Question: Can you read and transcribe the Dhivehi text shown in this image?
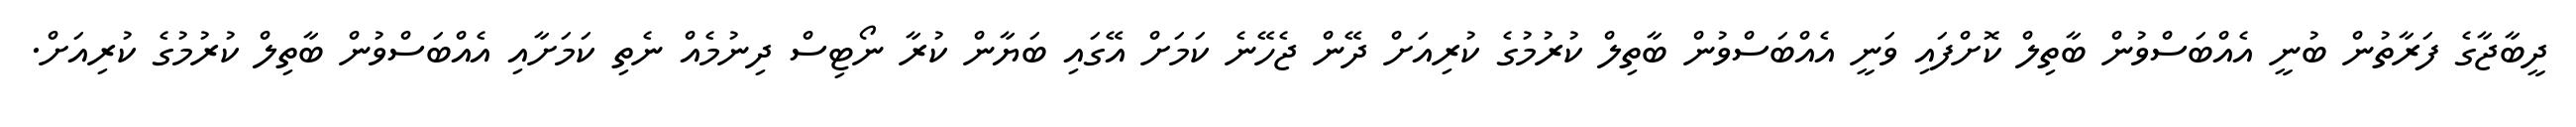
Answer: ދީބާޖާގެ ފަރާތުން ބުނީ އެއްބަސްވުން ބާތިލް ކޮށްފައި ވަނީ އެއްބަސްވުން ބާތިލް ކުރުމުގެ ކުރިއަށް ދޭން ޖެހޭނެ ކަމަށް އޭގައި ބަޔާން ކުރާ ނޯޓިސް ދިނުމެއް ނެތި ކަމަށާއި އެއްބަސްވުން ބާތިލް ކުރުމުގެ ކުރިއަށް.